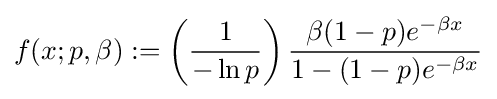
f(x;p,\beta ):=\left({\frac {1}{-\ln p}}\right){\frac {\beta (1-p)e^{-\beta x}}{1-(1-p)e^{-\beta x}}}